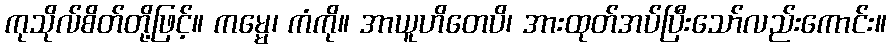
ကုသိုလ်စိတ်တို့ဖြင့်။ ကမ္မေ၊ ကံကို။ အာယူဟိတေပိ၊ အားထုတ်အပ်ပြီးသော်လည်းကောင်း။